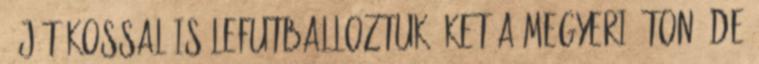
9 játékossal is lefutballoztuk őket a Megyeri úton, de